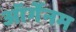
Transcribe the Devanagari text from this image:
ऑर्गेनम